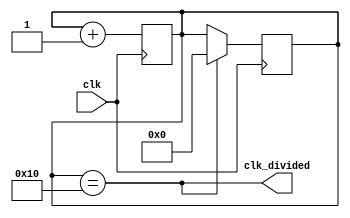
module clk_div #(parameter X = 16)(
  input wire clk,

  output wire clk_divided
);

reg [$clog2(X):0]cnt = 0;
assign clk_divided = (cnt == X);

always @(posedge clk) begin
  cnt <= cnt + 1;
end

always @(negedge clk) begin
  if (clk_divided)
    cnt <= 0;
end

endmodule